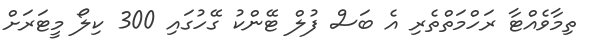
ތިމާވެއްޓާ ރަހްމަތްތެރި އެ ބަސް ފުލް ޓޭންކު ގޭހުގައި 300 ކިލޯ މީޓަރަށް